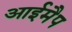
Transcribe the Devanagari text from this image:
आईमैप